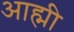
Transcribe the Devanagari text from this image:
आह्मी